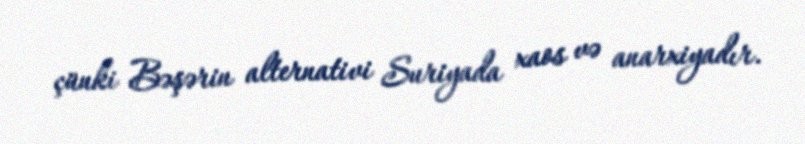
çünki Bəşərin alternativi Suriyada xaos və anarxiyadır.